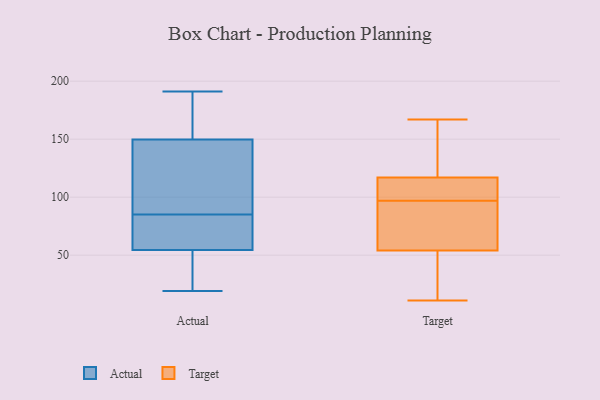
{"axis": {"x": "Budget (USD K)", "y": "Value"}, "legend": ["Actual", "Target"], "data": [{"x": "", "y": 53, "type": "Actual"}, {"x": "", "y": 55, "type": "Actual"}, {"x": "", "y": 85, "type": "Actual"}, {"x": "", "y": 93, "type": "Actual"}, {"x": "", "y": 60, "type": "Actual"}, {"x": "", "y": 51, "type": "Actual"}, {"x": "", "y": 191, "type": "Actual"}, {"x": "", "y": 148, "type": "Actual"}, {"x": "", "y": 179, "type": "Actual"}, {"x": "", "y": 93, "type": "Actual"}, {"x": "", "y": 72, "type": "Actual"}, {"x": "", "y": 155, "type": "Actual"}, {"x": "", "y": 19, "type": "Actual"}, {"x": "", "y": 111, "type": "Target"}, {"x": "", "y": 63, "type": "Target"}, {"x": "", "y": 39, "type": "Target"}, {"x": "", "y": 113, "type": "Target"}, {"x": "", "y": 93, "type": "Target"}, {"x": "", "y": 116, "type": "Target"}, {"x": "", "y": 101, "type": "Target"}, {"x": "", "y": 117, "type": "Target"}, {"x": "", "y": 118, "type": "Target"}, {"x": "", "y": 150, "type": "Target"}, {"x": "", "y": 44, "type": "Target"}, {"x": "", "y": 25, "type": "Target"}, {"x": "", "y": 83, "type": "Target"}, {"x": "", "y": 135, "type": "Target"}, {"x": "", "y": 11, "type": "Target"}, {"x": "", "y": 54, "type": "Target"}, {"x": "", "y": 167, "type": "Target"}, {"x": "", "y": 74, "type": "Target"}]}